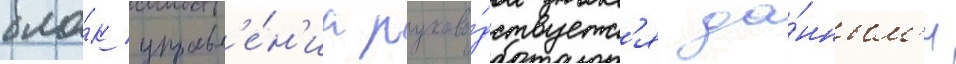
бло́к управл'е́н'иа руково́дствуетс'я да́нным'и